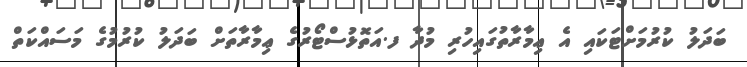
ބަދަލު ކުރުމަށްޓަކައި އެ ޢިމާރާތުގައިހުރި މުދާ ފ.އަތޮޅުސްޓޯރުގެ ޢިމާރާތަށް ބަދަލު ކުރުމުގެ މަސައްކަތް